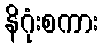
နိဂုံးစကား